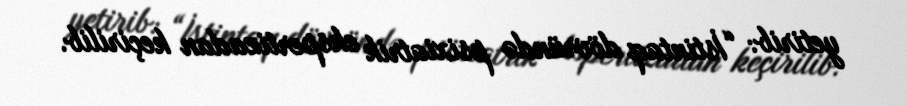
yetirib: “İstintaq dövründə psixiatrik ekspertizadan keçirilib.